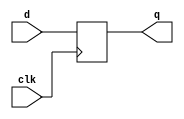
module xup_dff_vector #(parameter SIZE = 4 , DELAY = 3)(
   input [SIZE-1:0] d,
   input clk,
   output [SIZE-1:0] q
   );
   reg [SIZE-1:0] q;
   
   always @(posedge clk)
   begin 
      q[SIZE-1:0] <= #DELAY d[SIZE-1:0];
   end
   
endmodule